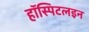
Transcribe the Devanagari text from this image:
हॉस्पिटलइन